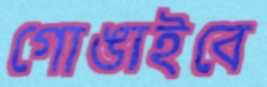
গোঙাইবে